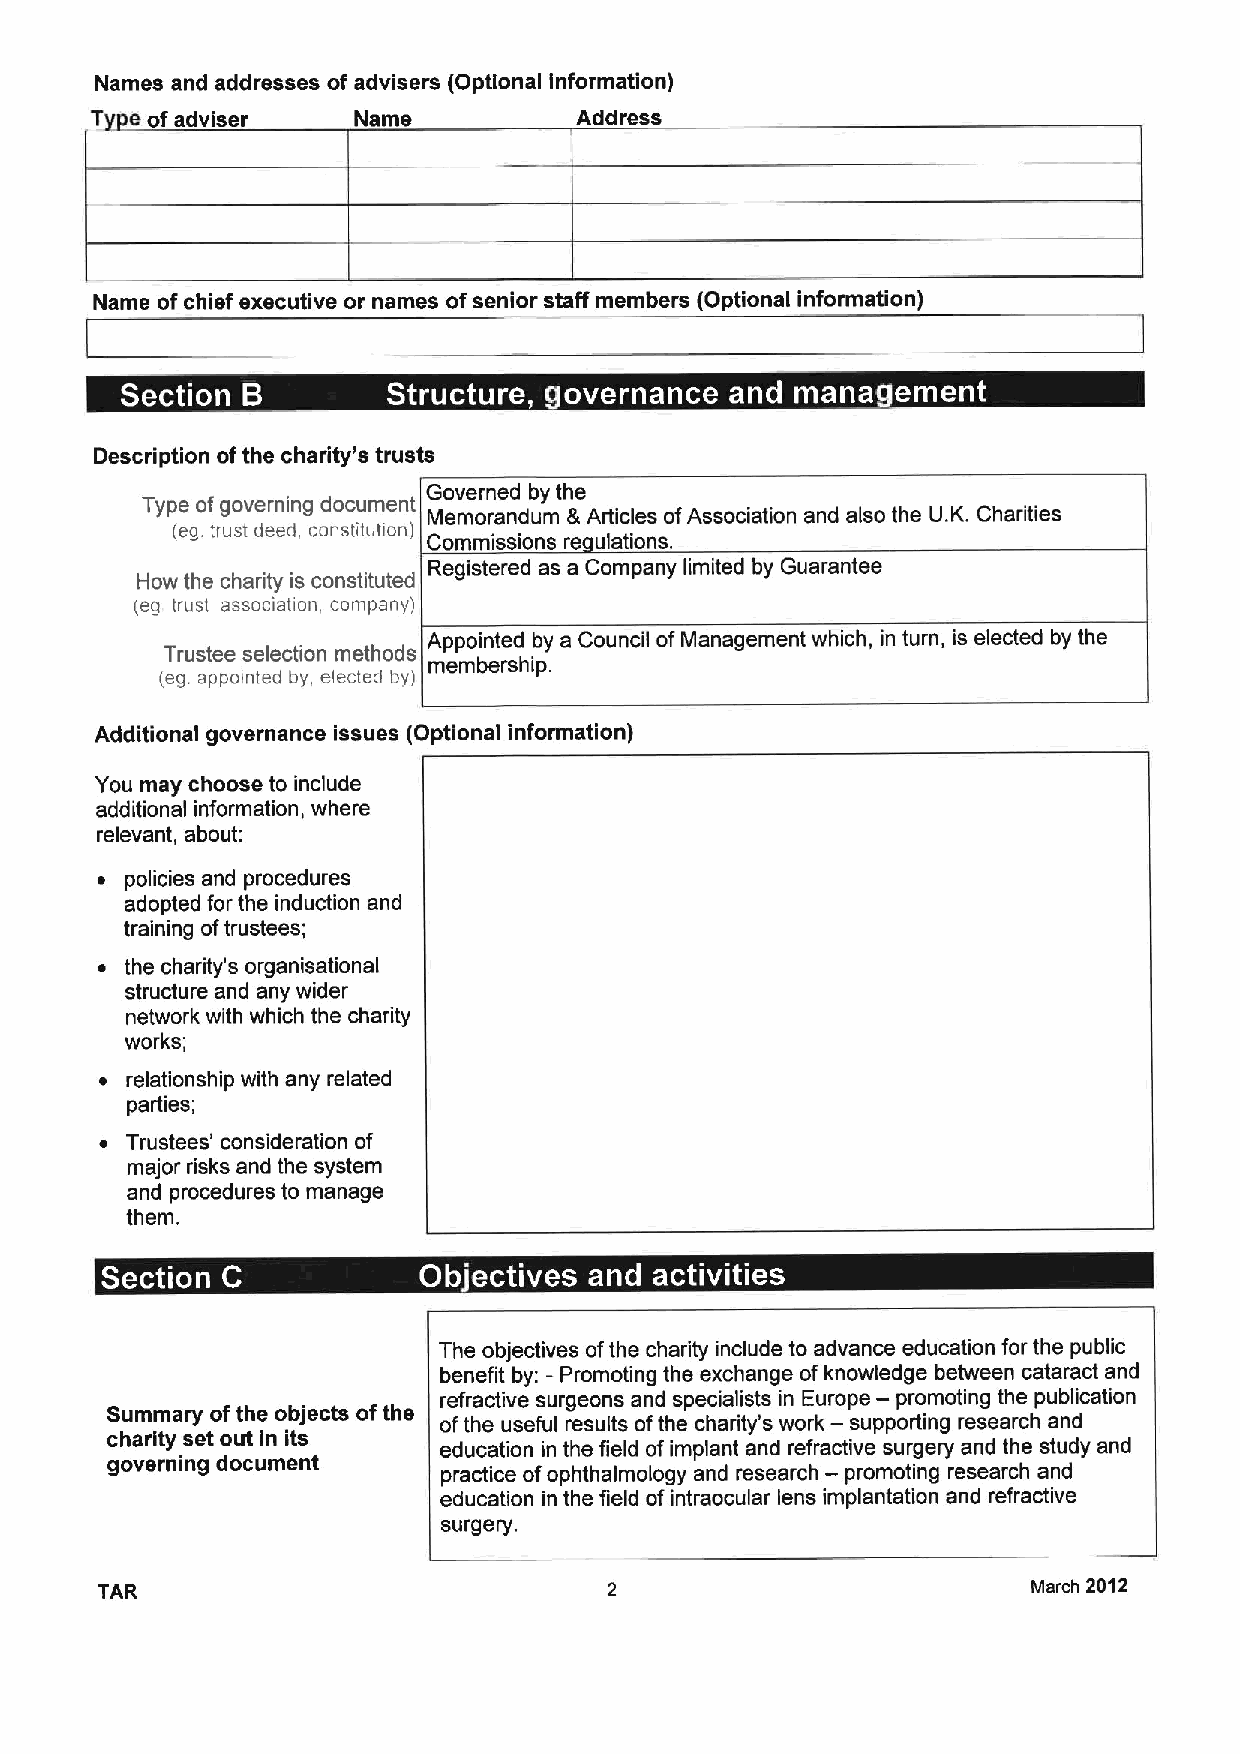
Names and addresses of advisers (Optional information)
 T  eofadviser    Name           Address
 Name ofchief executive or names ofsenior staff members (Optional information)
 ~  a                                  ~      ~
 Description ofthe charity's trusts
 Governed by the
 Type ofgoverning document
 Memorandum &Articles ofAssociation and also the U.K. Charities
 (eg. trust deed constitution)
 Commissions re ulations.
 Registered as a Company limited by Guarantee
 How the charity is constituted
 (eg trust, association, company)
 Appointed by a Council ofManagement which, in turn, is elected by the
 Trustee selection methods
 membership.
 (eg. appointed by, electeci by)
 Additional governance issues (Optional information)
 You may choose to include
 additional information, where
 relevant, about:
 ~ policies and procedures
 adopted for the induction and
 training oftrustees;
 ~ the charity's organisational
 structure and any wider
 network with which the charity
 works;
 ~ relationship with any related
 parties;
 ~ Trustees' consideration of
 major risks and the system
 and procedures to manage
 them.
 ~
 ~
 The objectives ofthe charity include to advance education for the public
 benefit by: - Promoting the exchange ofknowledge between cataract and
 —
 refractive surgeons and specialists in Europe promoting the publication
 Summary ofthe objects ofthe ofthe useful results ofthe charity's work — supporting research and
 charity set out in its education in the field ofimplant and refractive surgery and the study and
 governing document                              —
 practice ofophthalmology and research promoting research and
 education in the field ofintraocular lens implantation and refractive
 surgery.
 TAR                                                           March 2012